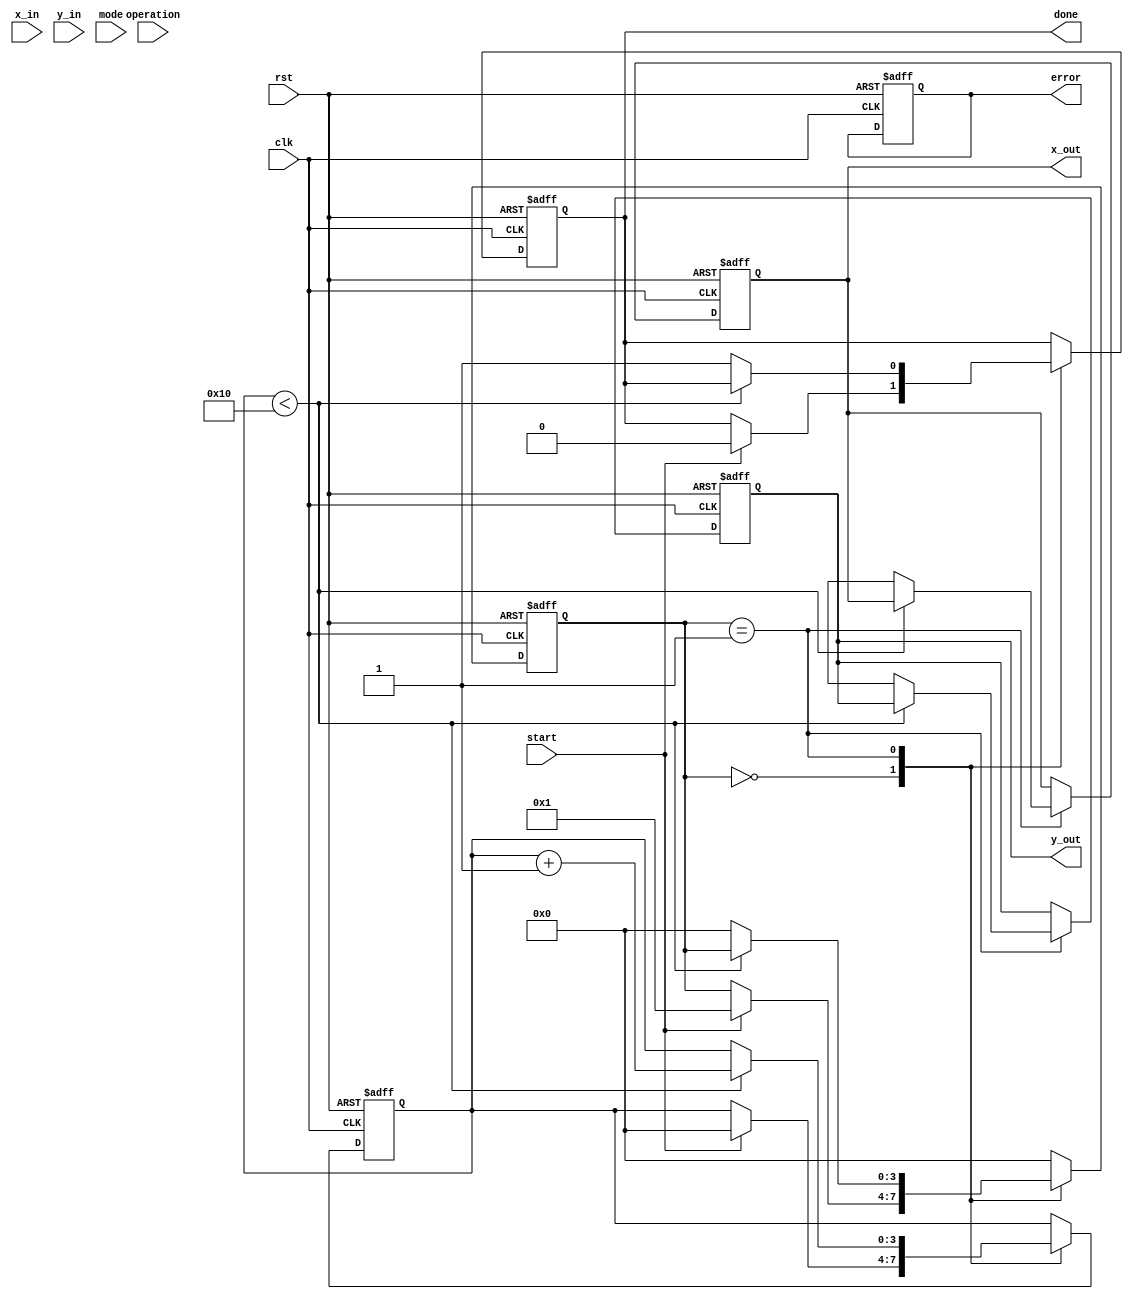
module CORDIC #(
    parameter DIMENSIONS = 2,          // Number of dimensions (e.g., 2D, 3D)
    parameter ITERATIONS = 16,         // Number of CORDIC iterations
    parameter FIXED_POINT_WIDTH = 16   // Bit width for fixed-point representation
)(
    input clk,
    input rst,
    input start,
    input [FIXED_POINT_WIDTH-1:0] x_in,
    input [FIXED_POINT_WIDTH-1:0] y_in,
    input mode,                          // 0: rotation, 1: vectoring
    input [3:0] operation,               // Operation type (e.g., sin, cos)
    output reg [FIXED_POINT_WIDTH-1:0] x_out,
    output reg [FIXED_POINT_WIDTH-1:0] y_out,
    output reg done,
    output reg error
);

    // Internal signals
    reg [FIXED_POINT_WIDTH-1:0] x [0:DIMENSIONS-1];
    reg [FIXED_POINT_WIDTH-1:0] y [0:DIMENSIONS-1];
    reg [FIXED_POINT_WIDTH-1:0] z [0:DIMENSIONS-1]; // Angle accumulator
    reg [10:0] angle_table [0:ITERATIONS-1]; // Pre-computed angle values
    reg [3:0] state;                       // FSM state
    reg [3:0] iteration;                   // Current iteration count

    // Angle lookup table initialization
    initial begin
        // Populate angle_table with arctan values for the CORDIC algorithm
        // Example values; actual values should be adjusted based on desired precision
        angle_table[0] = 16'h26DD; // atan(2^-0)
        angle_table[1] = 16'h1C71; // atan(2^-1)
        angle_table[2] = 16'h14AE; // atan(2^-2)
        // Continue for all required iterations
    end

    // State Machine for control logic
    always @(posedge clk or posedge rst) begin
        if (rst) begin
            state <= 0;
            x_out <= 0;
            y_out <= 0;
            done <= 0;
            iteration <= 0;
            error <= 0;
        end else begin
            case (state)
                0: begin // IDLE
                    if (start) begin
                        x[0] <= x_in;
                        y[0] <= y_in;
                        z[0] <= (mode ? y_in : 0); // Initialize based on mode
                        iteration <= 0;
                        state <= 1;
                        done <= 0;
                    end
                end
                1: begin // COMPUTE
                    if (iteration < ITERATIONS) begin
                        // CORDIC computation based on rotation or vectoring mode
                        // Update x, y, z based on the CORDIC algorithm

                        // Example of a simple rotation operation
                        if (mode == 0) begin // Rotation
                            if (z[iteration] < 0) begin
                                // Perform rotation left
                                x[iteration+1] <= x[iteration] + (y[iteration] >> iteration);
                                y[iteration+1] <= y[iteration] - (x[iteration] >> iteration);
                                z[iteration+1] <= z[iteration] + angle_table[iteration];
                            end else begin
                                // Perform rotation right
                                x[iteration+1] <= x[iteration] - (y[iteration] >> iteration);
                                y[iteration+1] <= y[iteration] + (x[iteration] >> iteration);
                                z[iteration+1] <= z[iteration] - angle_table[iteration];
                            end
                        end else begin // Vectoring
                            // Vectoring mode computation would go here
                        end
                        
                        iteration <= iteration + 1;
                    end else begin
                        // Finalize output
                        x_out <= x[ITERATIONS];
                        y_out <= y[ITERATIONS];
                        done <= 1;
                        state <= 0; // Back to idle state
                    end
                end
                default: begin
                    state <= 0;
                end
            endcase
        end
    end

endmodule